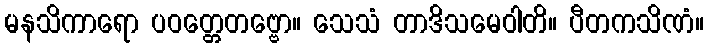
မနသိကာရော ပဝတ္တေတဗ္ဗော။ သေသံ တာဒိသမေဝါတိ။ ပီတကသိဏံ။